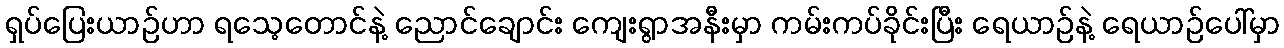
ရှပ်ပြေးယာဉ်ဟာ ရသေ့တောင်နဲ့ ညောင်ချောင်း ကျေးရွာအနီးမှာ ကမ်းကပ်ခိုင်းပြီး ရေယာဉ်နဲ့ ရေယာဉ်ပေါ်မှာ